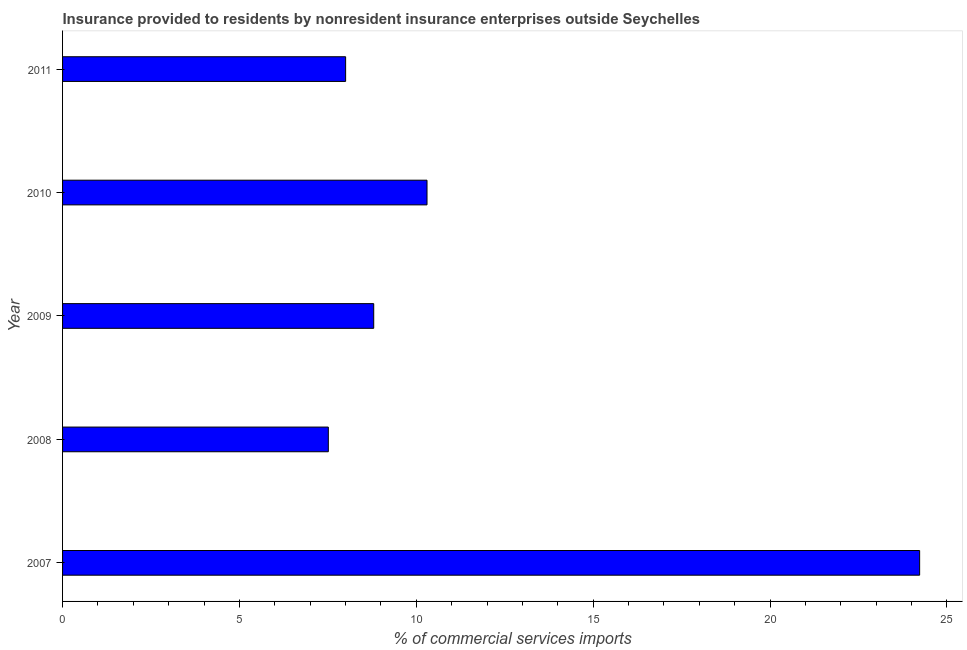
| Year | Insurance provided by non-residents |
 | --- | --- |
 | 2007 | 24.2 |
 | 2008 | 7.51 |
 | 2009 | 8.8 |
 | 2010 | 10.3 |
 | 2011 | 8 |